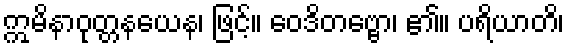
ဣမိနာဝုတ္တနယေန၊ ဖြင့်။ ဝေဒိတဗ္ဗော၊ ၏။ ပရိယာတိ၊